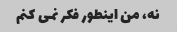
نه، من اینطور فکر نمی کنم